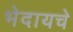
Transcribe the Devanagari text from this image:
भेदायचे